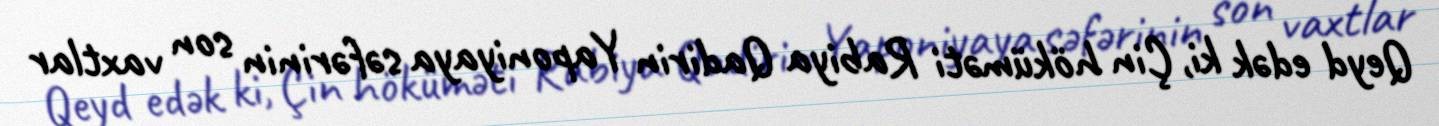
Qeyd edək ki, Çin höküməti Rabiya Qadirin Yaponiyaya səfərinin son vaxtlar